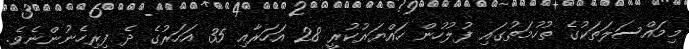
މިމައްސަލަތަކުގެ ތުހުމަތުގައި ފުލުހުން ހައްޔަރުކުރީ 28 އަހަރާއި 35 އަހަރުގެ ދެ ފިރިހެނުންނެވެ.